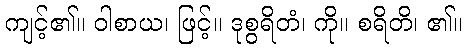
ကျင့်၏။ ဝါစာယ၊ ဖြင့်။ ဒုစွရိတံ၊ ကို။ စရိတိ၊ ၏။